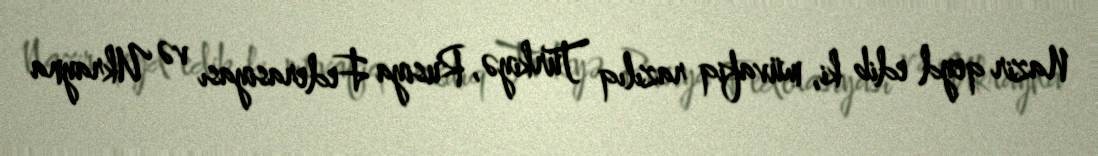
Nazir qeyd edib ki, müvafiq razılıq Türkiyə, Rusiya Federasiyası və Ukrayna